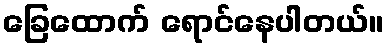
ခြေထောက် ရောင်နေပါတယ်။